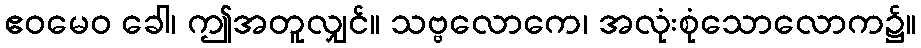
ဧဝမေဝ ခေါ၊ ဤအတူလျှင်။ သဗ္ဗလောကေ၊ အလုံးစုံသောလောက၌။